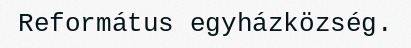
Református egyházközség.